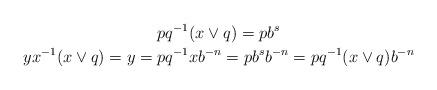
LaTeX: \begin{gather*}pq^{-1}(x\vee q)=pb^s\\yx^{-1}(x\vee q)=y=pq^{-1}xb^{-n}=pb^sb^{-n}=pq^{-1}(x\vee q)b^{-n}\end{gather*}